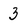
Character: 3